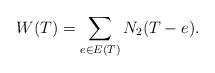
\begin{align*} W(T) = \sum_{e\in E(T)} N_2(T-e). \end{align*}